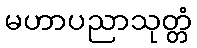
မဟာပညာသုတ္တံ